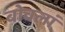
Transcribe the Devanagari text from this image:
बोवलां